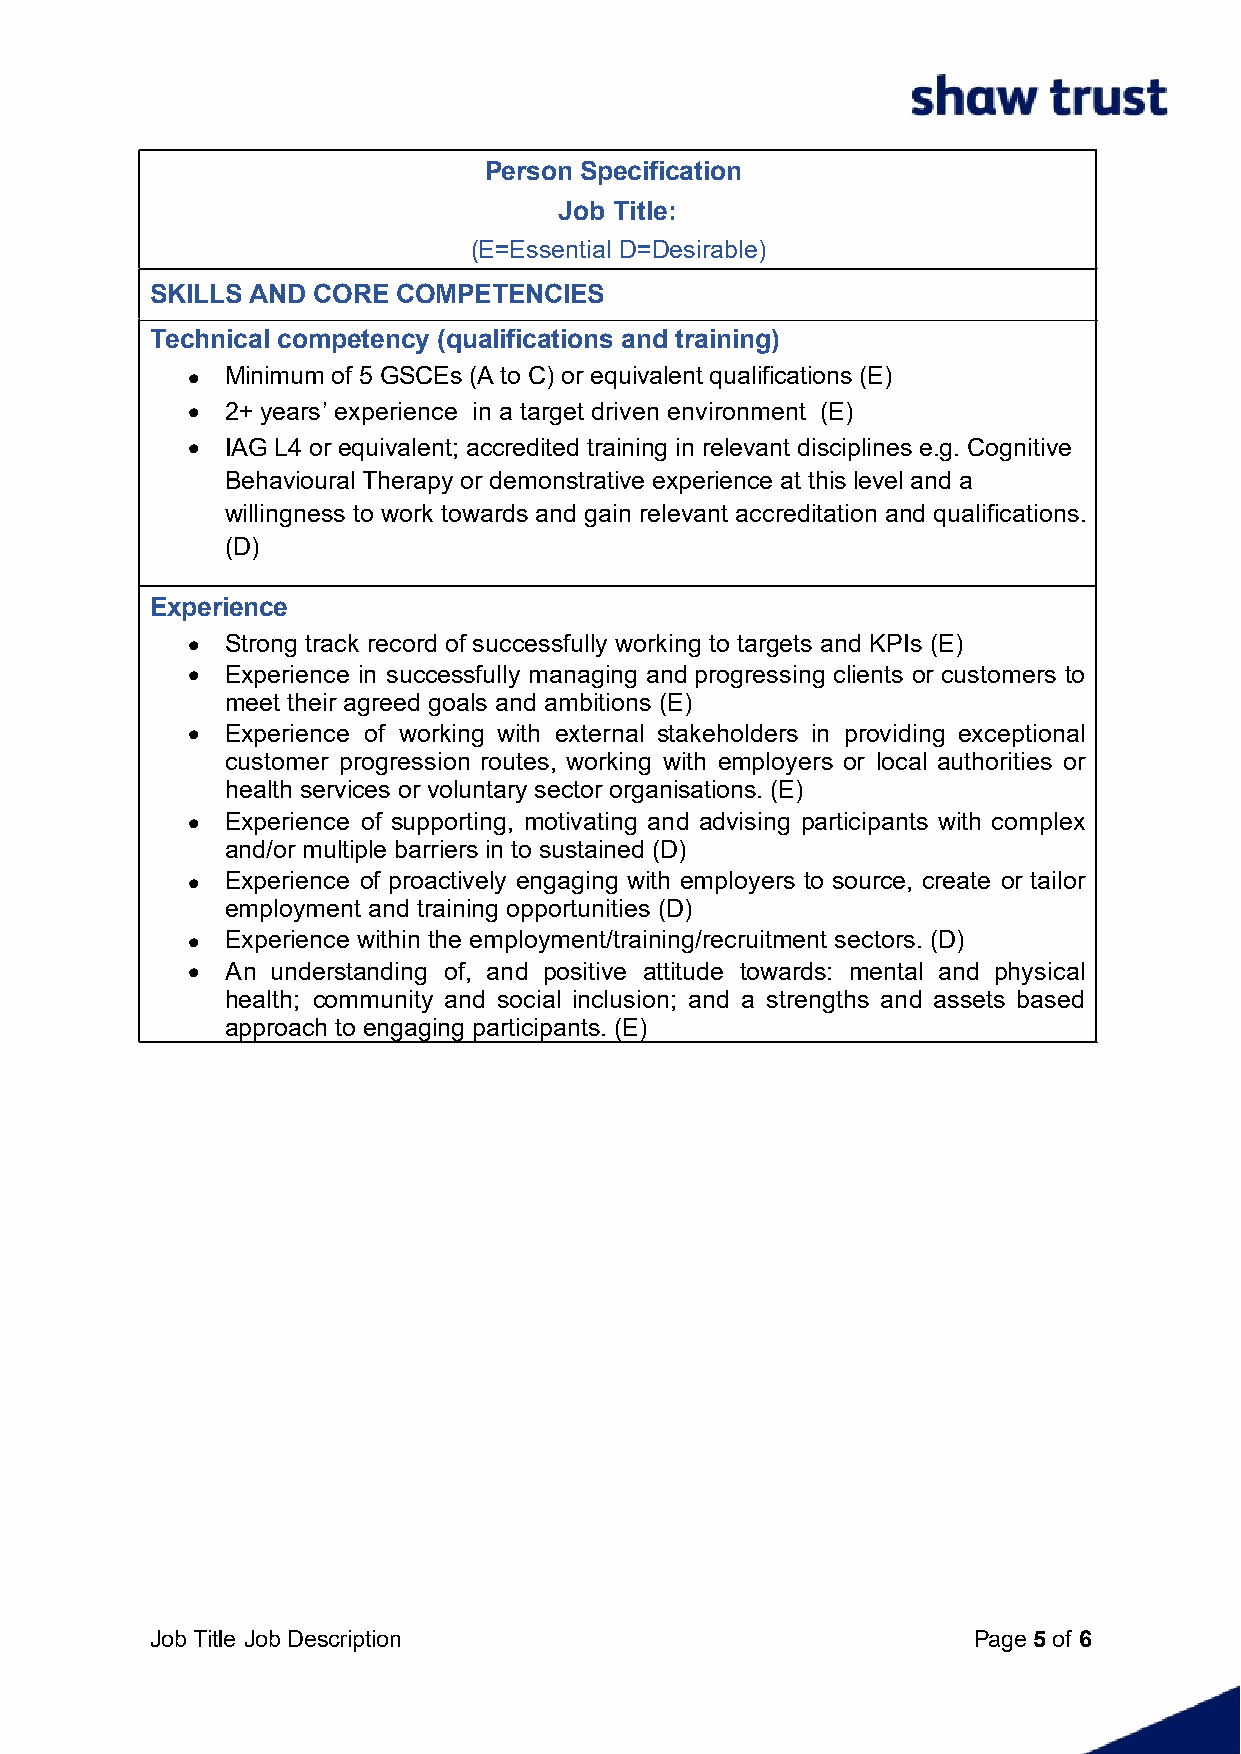
Person Specification
 Job Title:
 (E=Essential D=Desirable)
 SKILLS AND CORE COMPETENCIES
 Technical competency (qualifications and training)
 ·  Minimum of 5 GSCEs (A to C) or equivalent qualifications (E)
 ·  2+ years’ experience in a target driven environment (E)
 ·  IAG L4 or equivalent; accredited training in relevant disciplines e.g. Cognitive
 Behavioural Therapy or demonstrative experience at this level and a
 willingness to work towards and gain relevant accreditation and qualifications.
 (D)
 Experience
 ·  Strong track record of successfully working to targets and KPIs (E)
 ·  Experience in successfully managing andprogressing clients or customers to
 meet their agreed goals and ambitions (E)
 ·  Experience of working with external stakeholders in providing exceptional
 customer progression routes, working with employers or local authorities or
 health services or voluntary sector organisations. (E)
 ·  Experience of supporting, motivating and advising participants with complex
 and/or multiple barriers in to sustained (D)
 ·  Experience of proactively engaging with employers to source, create or tailor
 employment and training opportunities (D)
 ·  Experience within the employment/training/recruitment sectors. (D)
 ·  An understanding of, and positive attitude towards: mental and physical
 health; community and social inclusion; and a strengths and assets based
 approach to engaging participants. (E)
 Job Title Job Description                             Page 5 of 6